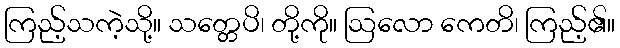
ကြည့်သကဲ့သို့။ သတ္တေပိ၊ တို့ကို။ ဩလော ကေတိ၊ ကြည့်၏။